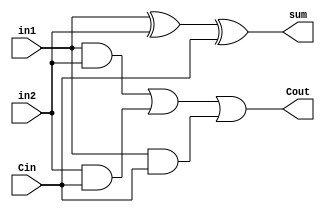
// Verilog code for fulladder
module fulladdr(sum, Cout, in1, in2, Cin);
	// inputs and outputs ports declararion
	input in1, in2, Cin;
	output sum, Cout;
	// code start
	assign sum = in1 ^ in2 ^ Cin;
	assign Cout = in1&in2 | in2&Cin | in1&Cin;
endmodule	// end of module fulladder